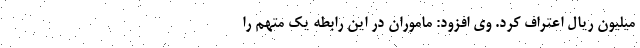
میلیون ریال اعتراف کرد. وی افزود: ماموران در این رابطه یک متهم را